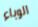
الوباء